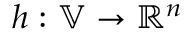
h : \mathbb { V } \to \mathbb { R } ^ { n }